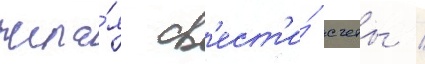
жела́я св'ест'и́ счеты /